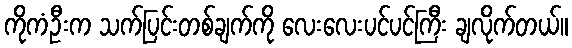
ကိုကံဦးက သက်ပြင်းတစ်ချက်ကို လေးလေးပင်ပင်ကြီး ချလိုက်တယ်။